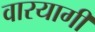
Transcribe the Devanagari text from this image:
वारयागी